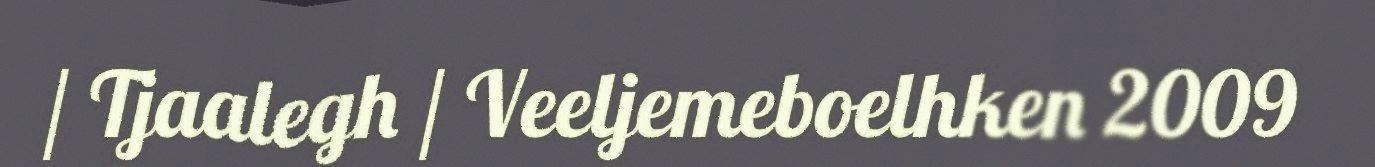
/ Tjaalegh / Veeljemeboelhken 2009